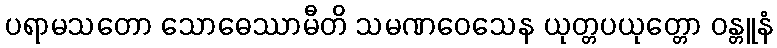
ပရာမသတော သောဓေဿာမီတိ သမဏဝေသေန ယုတ္တပယုတ္တော ဝန္တူနံ